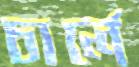
চার্লে